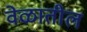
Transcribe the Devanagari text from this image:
वेळातील